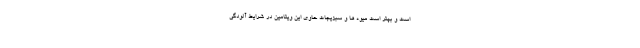
است و بهتر است میوه ها و سبزیجات حاوی این ویتامین در شرایط آلودگی